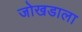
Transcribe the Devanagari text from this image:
जोखडाला